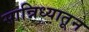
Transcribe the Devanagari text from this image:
सान्निध्यातून